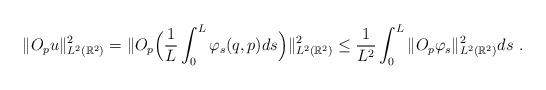
LaTeX: \begin{align*}\|O_pu\|^2_{L^2(\mathbb{R}^2)}&=\|O_p\Big(\frac{1}{L}\int_0^L\varphi_s(q,p)ds\Big)\|^2_{L^2(\mathbb{R}^2)}\le \frac{1}{L^2}\int_0^L\|O_p\varphi_s\|^2_{L^2(\mathbb{R}^2)} ds{~.}\end{align*}